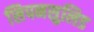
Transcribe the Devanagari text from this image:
सिपनसुलिड